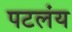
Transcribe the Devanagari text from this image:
पटलंय